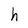
Character: h